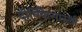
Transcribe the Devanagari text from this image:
दीर्घिकेसारखी